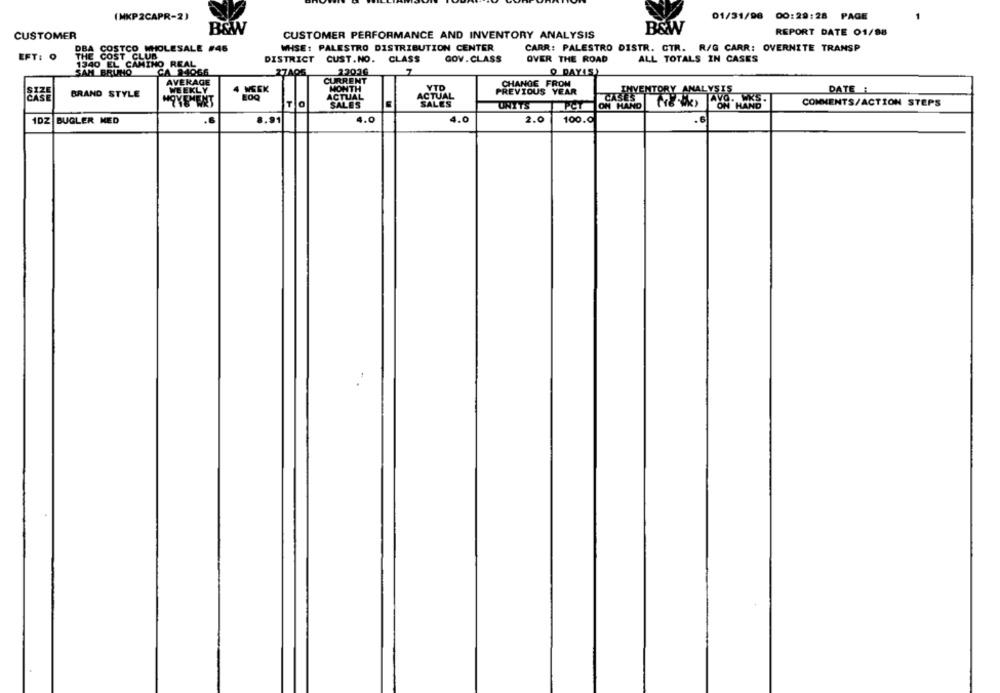
(MKP2CAPR-2)
01/31/96 00:29:28 PAGE
B&W
CUSTOMER
B&W
CUSTOMER PERFORMANCE AND INVENTORY ANALYSIS
REPORT DATE 01/98
DBA COSTCO WHOLESALE #46
WHSE: PALESTRO DISTRIBUTION CENTER
CARR: PALESTRO DISTR. CTR. R/G CARR: OVERNITE TRANSP
EFT: 0
THE COST CLUB
1340 EL CAMINO REAL
DISTRICT CUST.NO. CLASS
GOV. CLASS
OVER THE ROAD
ALL TOTALS IN CASES
SAN BRUNO
CA 14066
27AOS
22030
O DAYIS)
AVERAGE
CURRENT
CHANGE FROM
SIZE
WEEKLY
4 WEEK
MONTH
VID
PREVIOUS YEAR
DATE
CASE
BRAND STYLE
ACTUAL
ACTUAL
HOYEMENT
TO
SALES
SALES
ON HAND
TAVO. WKS
COMMENTS/ACTION STEPS
UNITS
PCT
ON HAND
4.0
4.0
1DZ BUGLER MED
8.91
2.0
100.0